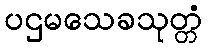
ပဌမသေခသုတ္တံ